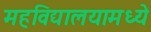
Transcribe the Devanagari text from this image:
महविद्यालयामध्ये